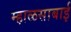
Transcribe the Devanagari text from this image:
म्हाळसाबाई